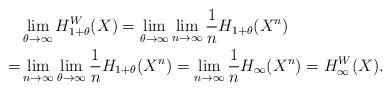
LaTeX: \begin{align*}&\lim_{\theta \to \infty} H_{1+\theta}^W(X)= \lim_{\theta \to \infty} \lim_{n\to\infty} \frac{1}{n} H_{1+\theta}(X^n) \\=& \lim_{n \to \infty} \lim_{\theta \to \infty} \frac{1}{n} H_{1+\theta}(X^n) = \lim_{n \to \infty} \frac{1}{n} H_\infty(X^n) = H_\infty^W(X).\end{align*}